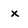
Character: x